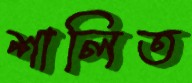
শালিত